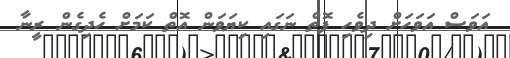
އަވަސް އަވަހަށް ދިވެހި ފޮތް ނަގައި ކިޔަވަން އޮތް ކަމަށް ހެދިގެން ރީނާ